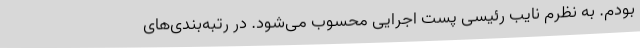
بودم. به نظرم نایب رئیسی پست اجرایی محسوب می‌شود. در رتبه‌بندی‌های